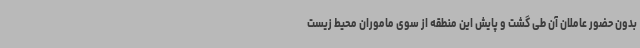
بدون حضور عاملان آن طی گشت و پایش این منطقه از سوی ماموران محیط زیست